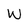
Character: W